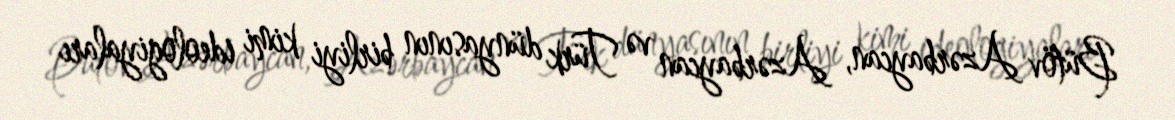
Bütöv Azərbaycan, Azərbaycan və Türk dünyasının birliyi kimi ideologiyaları